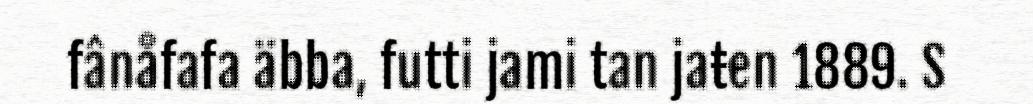
fânåfafa äbba, futti jami tan jaŧen 1889. S